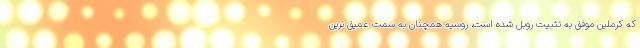
که کرملین موفق به تثبیت روبل شده است، روسیه همچنان به سمت عمیق ترین